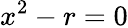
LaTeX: x^{2}-r=0